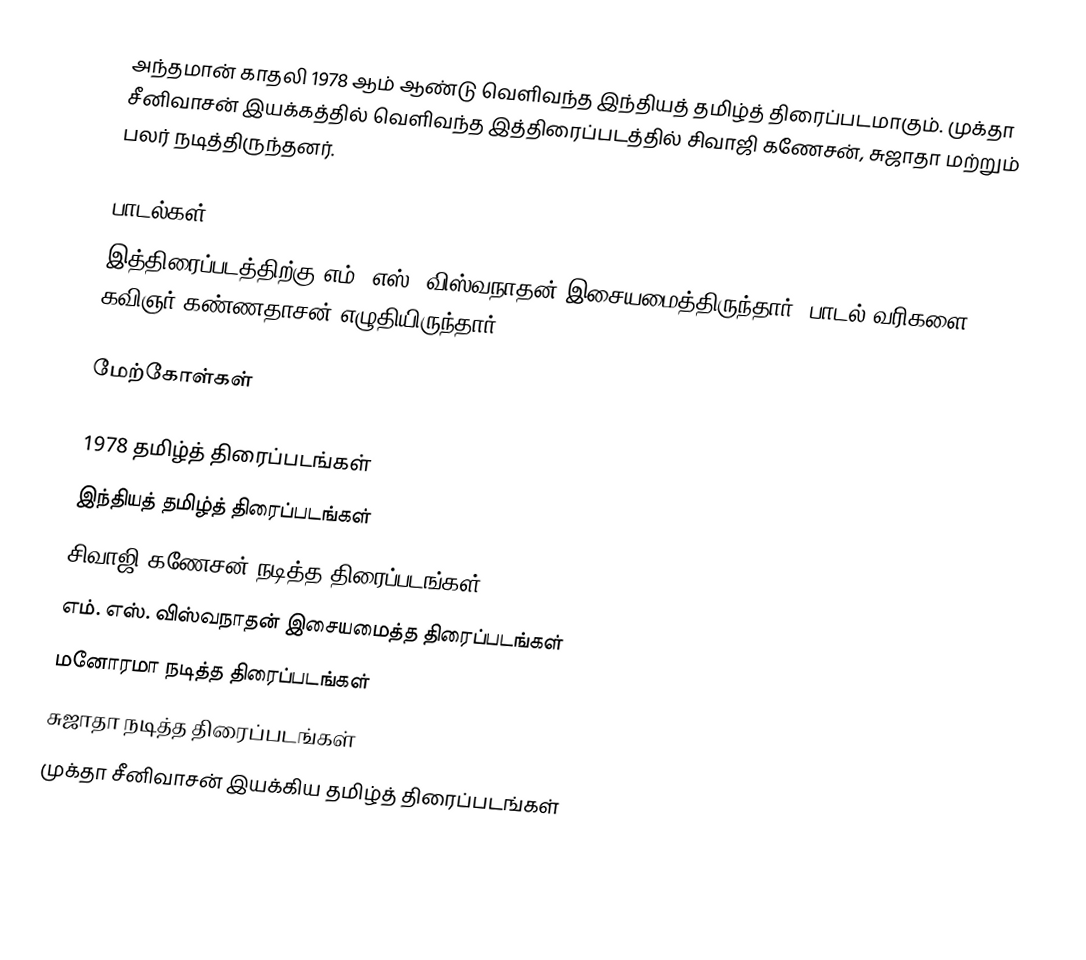
அந்தமான் காதலி 1978 ஆம் ஆண்டு வெளிவந்த இந்தியத் தமிழ்த் திரைப்படமாகும். முக்தா சீனிவாசன் இயக்கத்தில் வெளிவந்த இத்திரைப்படத்தில் சிவாஜி கணேசன், சுஜாதா மற்றும் பலர் நடித்திருந்தனர்.

பாடல்கள்
இத்திரைப்படத்திற்கு எம். எஸ். விஸ்வநாதன் இசையமைத்திருந்தார். பாடல் வரிகளை கவிஞர் கண்ணதாசன் எழுதியிருந்தார்.

மேற்கோள்கள்

1978 தமிழ்த் திரைப்படங்கள்
இந்தியத் தமிழ்த் திரைப்படங்கள்
சிவாஜி கணேசன் நடித்த திரைப்படங்கள்
எம். எஸ். விஸ்வநாதன் இசையமைத்த திரைப்படங்கள்
மனோரமா நடித்த திரைப்படங்கள்
சுஜாதா நடித்த திரைப்படங்கள்
முக்தா சீனிவாசன் இயக்கிய தமிழ்த் திரைப்படங்கள்